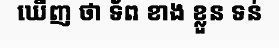
ឃើញ ថា ទ័ព ខាង ខ្លួន ទន់